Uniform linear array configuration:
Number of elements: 24
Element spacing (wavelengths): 0.5
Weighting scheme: uniform
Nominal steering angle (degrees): -30
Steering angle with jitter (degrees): -30.38
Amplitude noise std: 0.05
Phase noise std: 0.05

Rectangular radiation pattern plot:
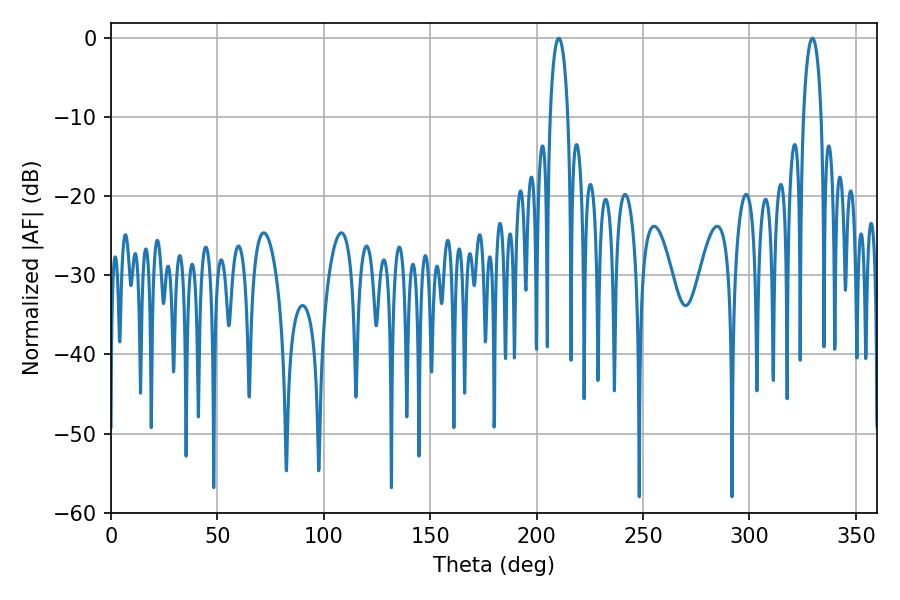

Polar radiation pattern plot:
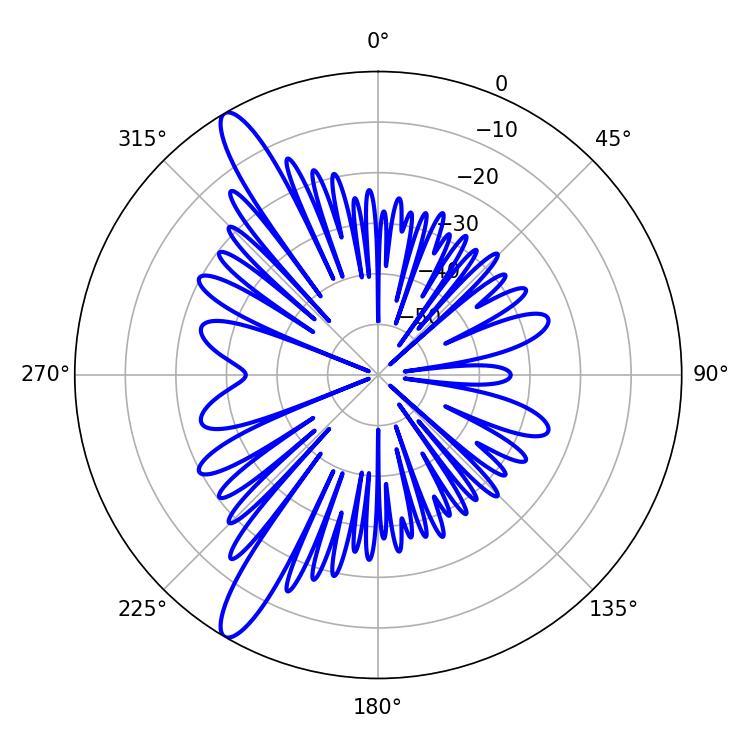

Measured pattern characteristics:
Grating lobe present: FALSE
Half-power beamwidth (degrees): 4.68
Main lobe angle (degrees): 210.42